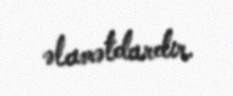
əlamətdardır.